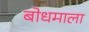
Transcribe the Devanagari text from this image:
बोधमाला